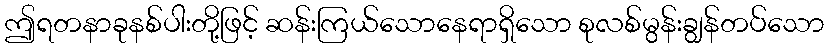
ဤရတနာခုနစ်ပါးတို့ဖြင့် ဆန်းကြယ်သောနေရာရှိသော စုလစ်မွန်းချွန်တပ်သော